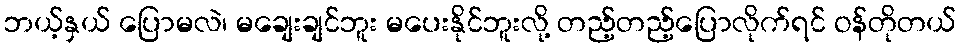
ဘယ့်နှယ် ပြောမလဲ၊ မချေးချင်ဘူး မပေးနိုင်ဘူးလို့ တည့်တည့်ပြောလိုက်ရင် ဝန်တိုတယ်